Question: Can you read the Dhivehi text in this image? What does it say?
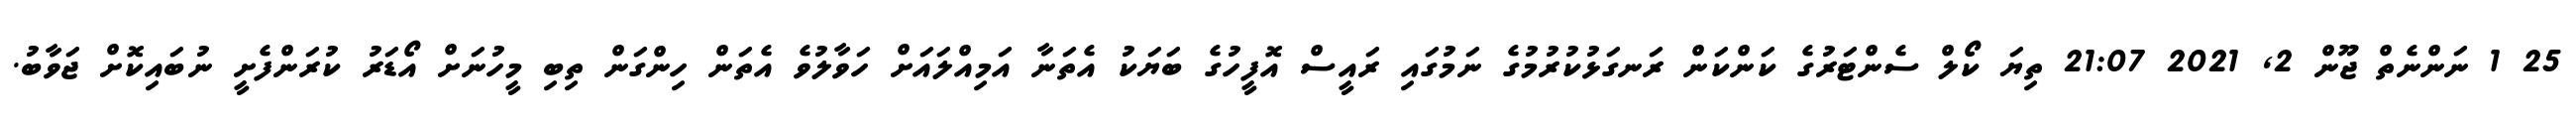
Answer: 25 1 ނަންނެތް ޖޫން 2, 2021 21:07 ތިޔަ ކޯލް ސެންޓަރުގެ ކަންކަން ރަނގަޅުކުރުމުގެ ނަމުގައި ރައީސް އޮފީހުގެ ބަޔަކު އެތަނާ އަމިއްލައަށް ހަވާލުވެ އެތަން ހިންގަން ތިބި މީހުނަށް އޯޑަރު ކުރަންފެށީ ނުބައިކޮށް ޖަވާބު.